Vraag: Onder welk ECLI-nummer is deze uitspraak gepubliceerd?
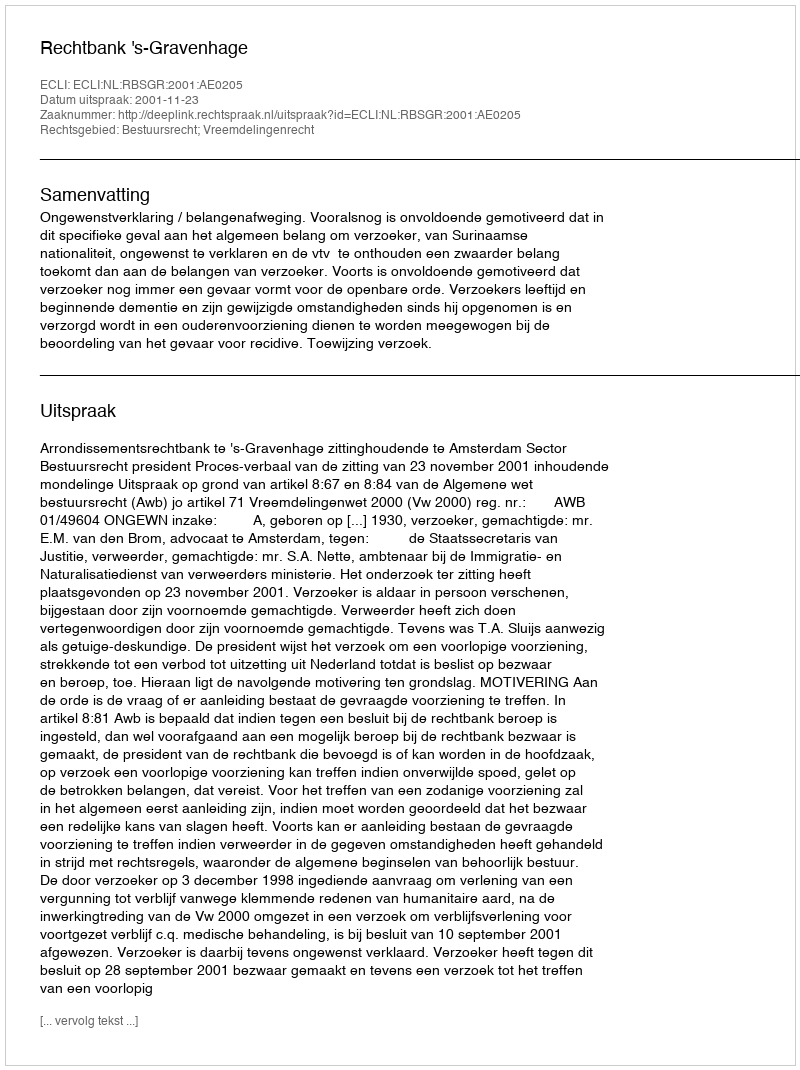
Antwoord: ECLI:NL:RBSGR:2001:AE0205